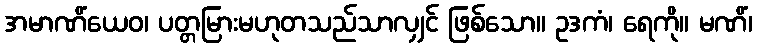
အမာဏိံယေဝ၊ ပတ္တမြားမဟုတသည်သာလျှင် ဖြစ်သော။ ဥဒကံ၊ ရေကို။ မဏိံ၊